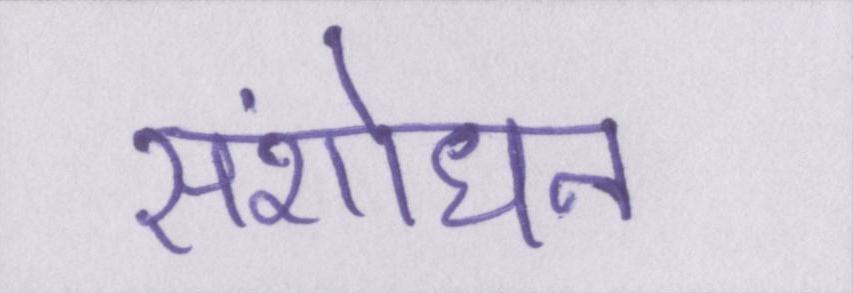
संशोधन